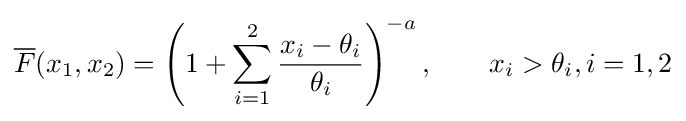
{\overline {F}}(x_{1},x_{2})=\left(1+\sum _{i=1}^{2}{\frac {x_{i}-\theta _{i}}{\theta _{i}}}\right)^{-a},\qquad x_{i}>\theta _{i},i=1,2